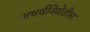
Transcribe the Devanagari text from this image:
अथर्वविद्येतील